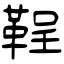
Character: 鞓